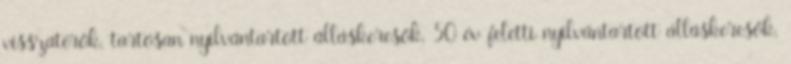
visszatérők, tartósan nyilvántartott álláskeresők, 50 év feletti nyilvántartott álláskeresők,